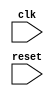
module behavioral_modeling_block (
    input clk,
    input reset
);

always @(posedge clk or negedge reset) begin
    // Logic based on triggers
end

endmodule